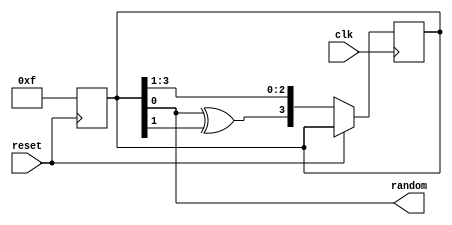
module psdo_gen (random, clk, reset);
 
input clk, reset;
 
output random;
wire random;
reg [3:0] temp;
always @ (posedge reset)
 begin
 temp <= 4'hf;
end
always @ (posedge clk) begin
 if (~reset) begin
 temp <= {temp[0]^temp[1],temp[3],temp[2],temp[1]};
 end
end
assign random = temp[0];
endmodule